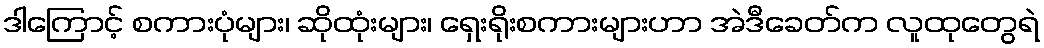
ဒါကြောင့် စကားပုံများ၊ ဆိုထုံးများ၊ ရှေးရိုးစကားများဟာ အဲဒီခေတ်က လူထုတွေရဲ